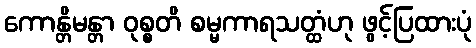
ကောန္တိမန္တာ ဝုစ္စတိ စမ္မကာရသတ္ထံဟု ဖွင့်ပြထားပုံ